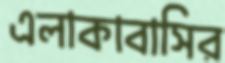
এলাকাবাসির